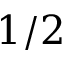
1 / 2